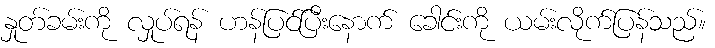
နှုတ်ခမ်းကို လှုပ်ရန် ဟန်ပြင်ပြီးနောက် ခေါင်းကို ယမ်းလိုက်ပြန်သည်။